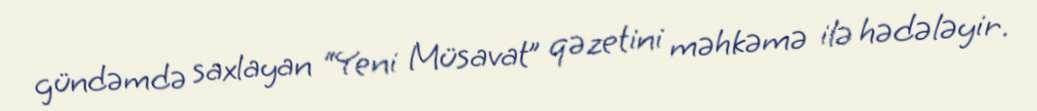
gündəmdə saxlayan “Yeni Müsavat” qəzetini məhkəmə ilə hədələyir.